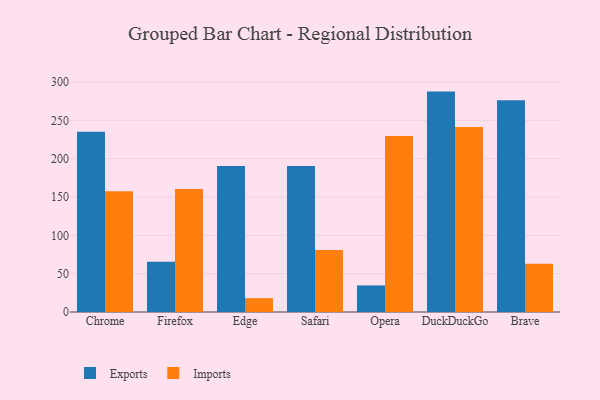
{"axis": {"x": "Browser", "y": "LTV (USD)"}, "legend": ["Exports", "Imports"], "data": [{"x": "Chrome", "y": 235.2, "type": "Exports"}, {"x": "Chrome", "y": 157.5, "type": "Imports"}, {"x": "Firefox", "y": 65.5, "type": "Exports"}, {"x": "Firefox", "y": 160.4, "type": "Imports"}, {"x": "Edge", "y": 190.3, "type": "Exports"}, {"x": "Edge", "y": 18.1, "type": "Imports"}, {"x": "Safari", "y": 190.3, "type": "Exports"}, {"x": "Safari", "y": 80.9, "type": "Imports"}, {"x": "Opera", "y": 34.7, "type": "Exports"}, {"x": "Opera", "y": 229.6, "type": "Imports"}, {"x": "DuckDuckGo", "y": 287.5, "type": "Exports"}, {"x": "DuckDuckGo", "y": 241.3, "type": "Imports"}, {"x": "Brave", "y": 276.1, "type": "Exports"}, {"x": "Brave", "y": 62.8, "type": "Imports"}]}